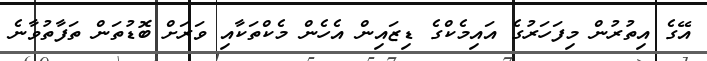
އޭގެ އިތުރުން މިފަހަރުގެ އައިމެކްގެ ޑިޒައިން އެހެން މެކްތަކާއި ވަރަށް ބޮޑުތަން ތަފާތުވާނެ